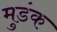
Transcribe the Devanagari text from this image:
मुडंक